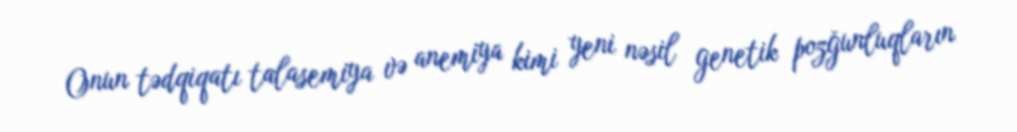
Onun tədqiqatı talasemiya və anemiya kimi yeni nəsil genetik pozğunluqların